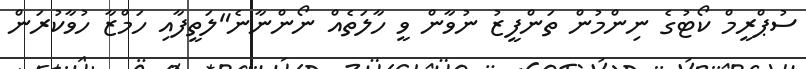
ސުޕްރީމް ކޯޓުގެ ނިންމުން ތަންފީޒު ނުވާން ވީ ހާލަތެއް ނޯންނާނެ"ލަތީފާއި ހަމްޒާ ހުވާކުރަން